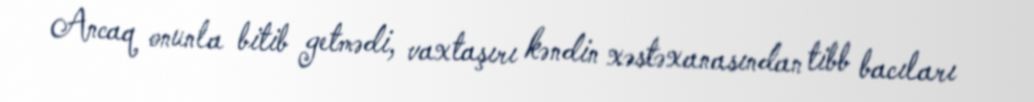
Ancaq onunla bitib getmədi, vaxtaşırı kəndin xəstəxanasından tibb bacıları